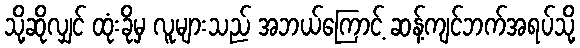
သို့ဆိုလျှင် ထုံးခိုမှ လူများသည် အဘယ်ကြောင့် ဆန့်ကျင်ဘက်အရပ်သို့